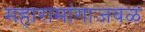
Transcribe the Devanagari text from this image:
महारामांगाजवळ